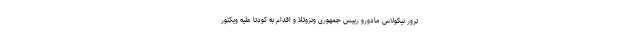
ترور نیکولاس مادورو رییس جمهوری ونزوئلا و اقدام به کودتا علیه ویکتور